Annual report of the Madras Medical College
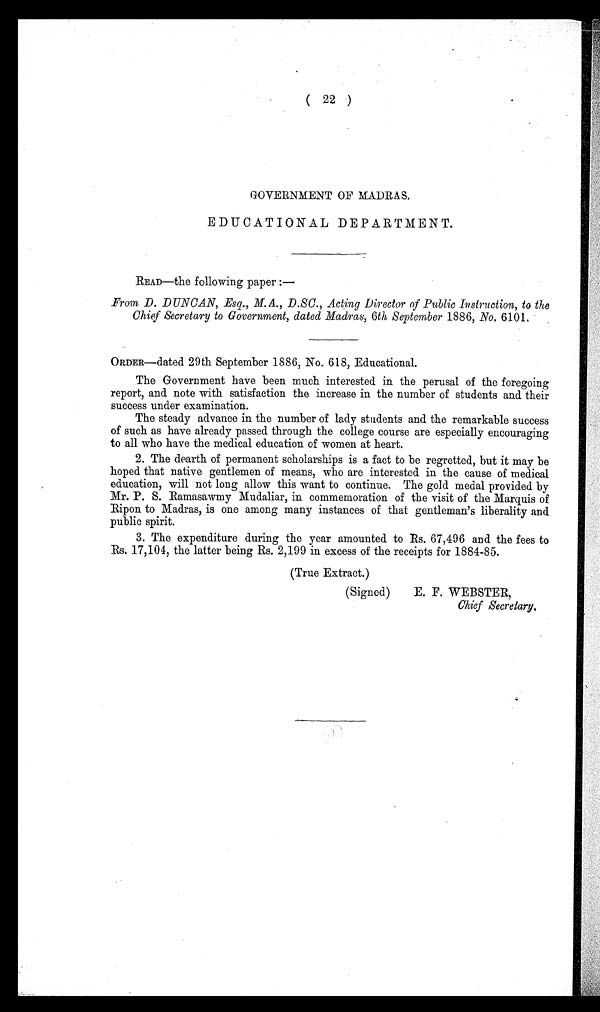
(22)
GOVERNMENT OF MADRAS.
EDUCATIONAL DEPARTMENT.
READ—the following paper :—
From D. DUNCAN, Esq., M.A., D.SC., Acting Director of Public Instruction, to the
Chief Secretary to Government, dated Madras, 6th September 1886, No. 6101.
ORDER—dated 29th September 1886, No. 618, Educational.
The Government have been much interested in the perusal of the foregoing
report, and note with satisfaction the increase in the number of students and their
success under examination.
The steady advance in the number of lady students and the remarkable success
of such as have already passed through the college course are especially encouraging
to all who have the medical education of women at heart.
2. The dearth of permanent scholarships is a fact to be regretted, but it may be
hoped that native gentlemen of means, who are interested in the cause of medical
education, will not long allow this want to continue. The gold medal provided by
Mr. P. S. Ramasawmy Mudaliar, in commemoration of the visit of the Marquis of
Ripon to Madras, is one among many instances of that gentleman's liberality and
public spirit.
3. The expenditure during the year amounted to Rs. 67,496 and the fees to
Rs. 17,104, the latter being Rs. 2,199 in excess of the receipts for 1884-85.
(True Extract.)
(Signed)
E. F. WEBSTER,
Chief Secretary.